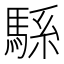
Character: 𱄠